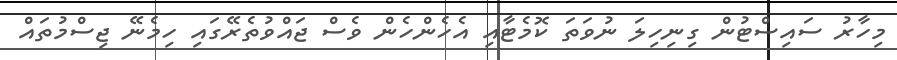
މިހާރު ސައިސްޓުން ގިނިހިލަ ނުވަތަ ކޮމެޓާއި އެހެންހެން ވެސް ޖައްވުތެރޭގައި ހިމެނޭ ޖިސްމުތައް